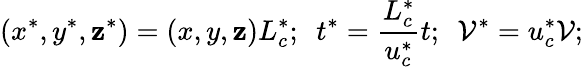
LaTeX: (x^{*},y^{*},\mathbf{z}^{*})=(x,y,\mathbf{z})L_{c}^{*};~~t^{*}=\frac{{L_{c}^{*}}}{{u_{c}^{*}}}t;~~\mathcal{{V}}^{*}=u_{c}^{*}\mathcal{{V}};